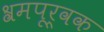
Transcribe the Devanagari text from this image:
श्रमपूर्वक